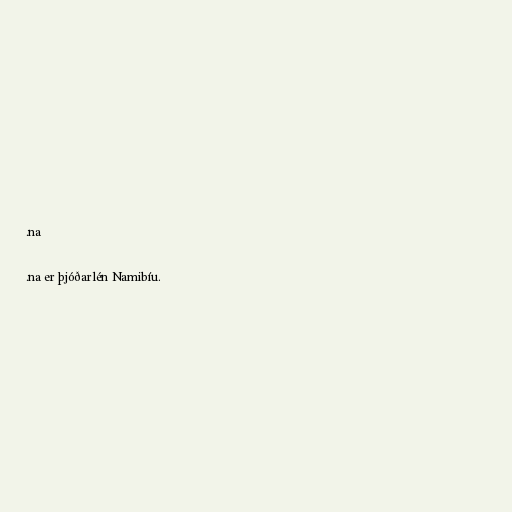
.na

.na er þjóðarlén Namibíu.